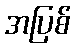
အပြစ်